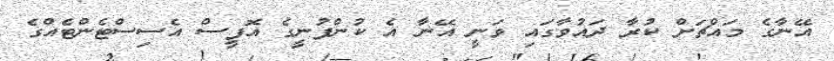
އޭނާގެ މައްޗަށް ކުރާ ދައުވާގައި ވަނީ އޭނާ އެ ކުންފުނީގެ އޮފީސް އެސިސްޓެންޓެއްގެ